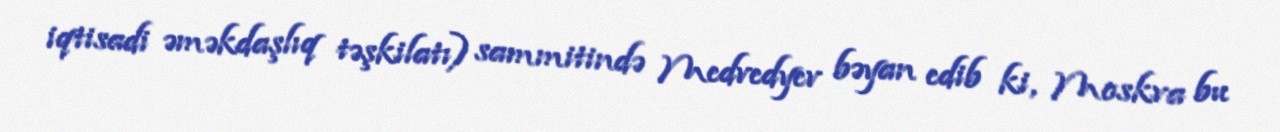
iqtisadi əməkdaşlıq təşkilatı) sammitində Medvedyev bəyan edib ki, Moskva bu